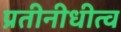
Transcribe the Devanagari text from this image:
प्रतीनीधीत्व